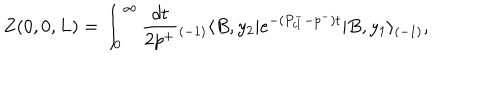
Z ( 0 , 0 , L ) = \int _ { 0 } ^ { \infty } { \frac { d t } { 2 p ^ { + } } } { _ { ( - 1 ) } \langle } B , y _ { 2 } | e ^ { - ( P _ { c l } ^ { - } - p ^ { - } ) t } | B , y _ { 1 } \rangle _ { ( - 1 ) } ,